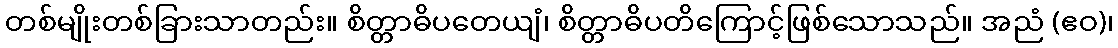
တစ်မျိုးတစ်ခြားသာတည်း။ စိတ္တာဓိပတေယျံ၊ စိတ္တာဓိပတိကြောင့်ဖြစ်သောသည်။ အညံ (ဧဝ)၊